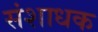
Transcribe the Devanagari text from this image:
संशाधक